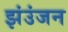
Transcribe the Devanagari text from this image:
झंउंजन